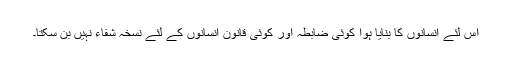
اس لئے انسانوں کا بنایا ہوا کوئی ضابطہ اور کوئی قانون انسانوں کے لئے نسخہ شفاء نہیں بن سکتا۔